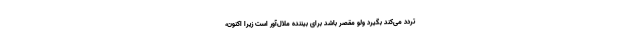
تردد می‌کند بگیرد ولو مقصر باشد برای بیننده ملال‌آور است زیرا اکنون،